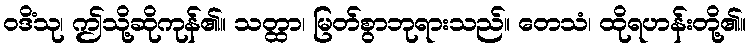
ဝဒိံသု၊ ဤသို့ဆိုကုန်၏။ သတ္ထာ၊ မြတ်စွာဘုရားသည်။ တေသံ၊ ထိုရဟန်းတို့၏။